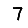
Digit: 7